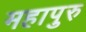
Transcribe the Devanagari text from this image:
महापुरु